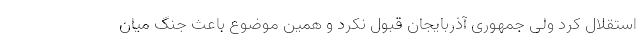
استقلال کرد ولی جمهوری آذربایجان قبول نکرد و همین موضوع باعث جنگ میان